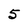
Character: 5